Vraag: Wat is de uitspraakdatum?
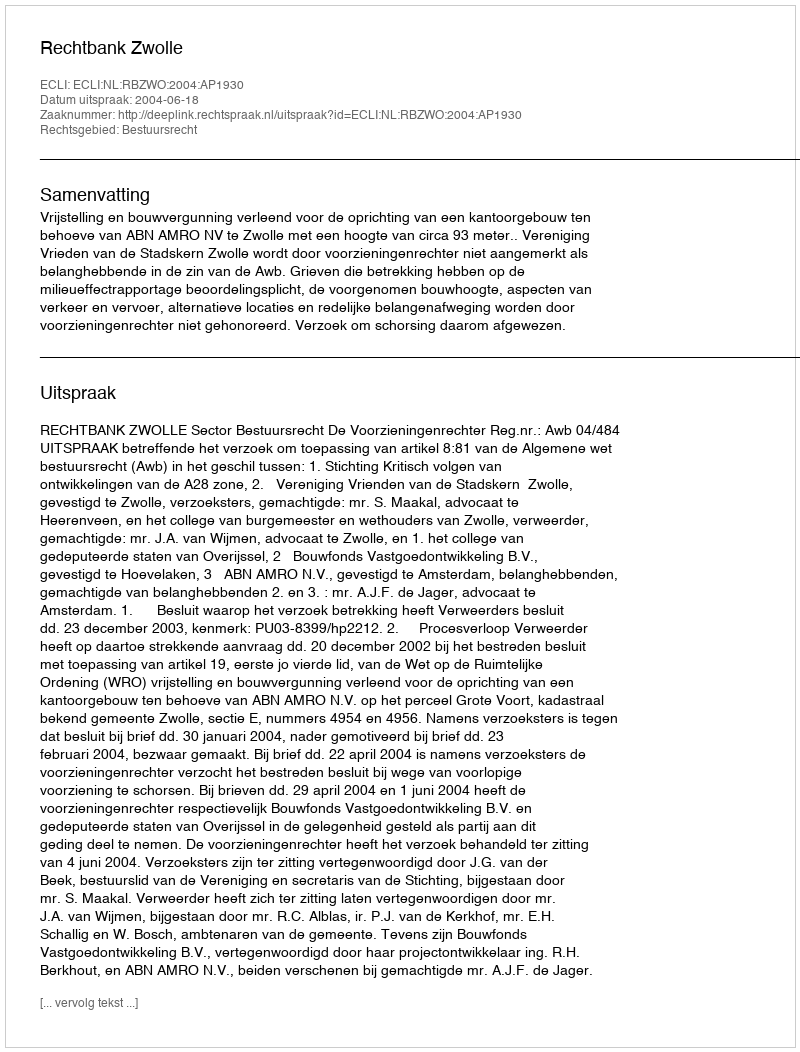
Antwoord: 2004-06-18